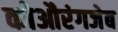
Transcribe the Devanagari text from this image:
कोऔरंगजेब